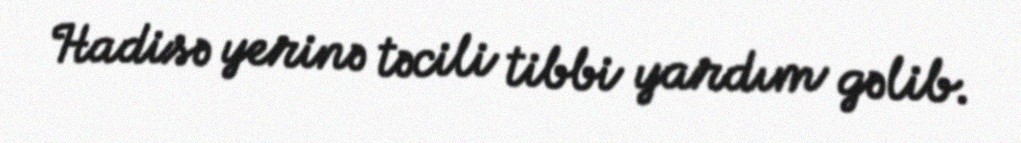
Hadisə yerinə təcili tibbi yardım gəlib.